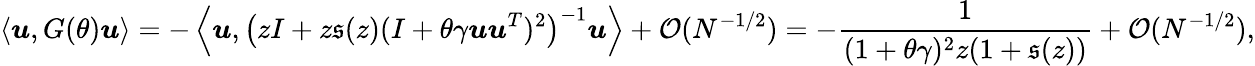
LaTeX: \langle{\boldsymbol u},G(\theta){\boldsymbol u}\rangle=-\left\langle{\boldsymbol u},\left(zI+z\mathfrak{s}(z)(I+\theta\gamma{\boldsymbol u}{\boldsymbol u}^{T})^{2}\right)^{-1}{\boldsymbol u}\right\rangle+{\mathcal O}(N^{-1/2})=-\frac{1}{(1+\theta\gamma)^{2}z(1+\mathfrak{s}(z))}+{\mathcal O}(N^{-1/2}),